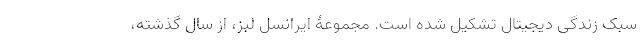
سبک زندگی دیجیتال تشکیل شده است. مجموعۀ ایرانسل لبز، از سال گذشته،